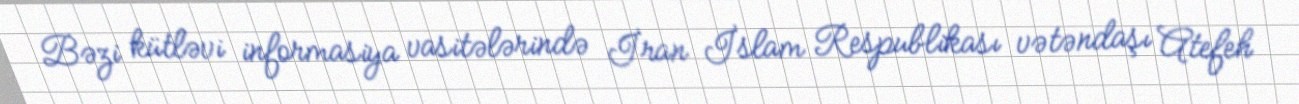
Bəzi kütləvi informasiya vasitələrində İran İslam Respublikası vətəndaşı Atefeh